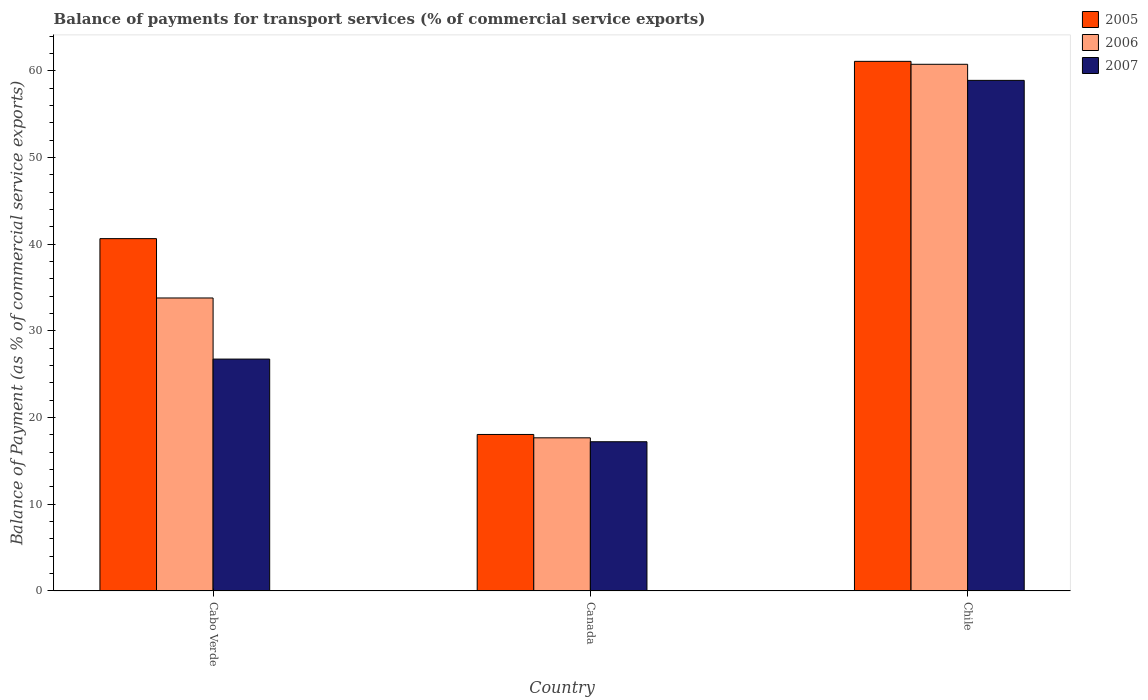
| Country | 2005 | 2006 | 2007 |
 | --- | --- | --- | --- |
 | Cabo Verde | 40.6 | 33.8 | 26.7 |
 | Canada | 18 | 17.7 | 17.2 |
 | Chile | 61.1 | 60.8 | 58.9 |